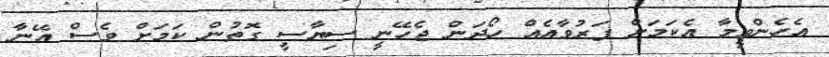
އެހެންވީމާ އެކަމަށް ފަރުވާއެއް ހޯދަން ޖެހޭނީ ސިޔާސީ ގޮތުން ކަމަށް ވެސް އޭނާ